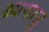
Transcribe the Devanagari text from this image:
आगाउु